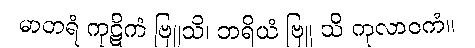
မာတရံ ကုဋိကံ ဗြူသိ၊ ဘရိယံ ဗြူ သိ ကုလာဝကံ။